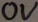
Text: 0V